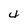
Character: 4